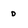
Character: D